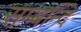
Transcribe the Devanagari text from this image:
सम्बन्दि